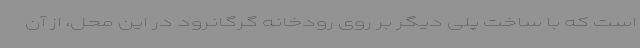
است که با ساخت پلی دیگر بر روی رودخانه گرگانرود در این محل، از آن